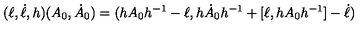
( \ell , \dot { \ell } , h ) ( A _ { 0 } , \dot { A } _ { 0 } ) = ( h A _ { 0 } h ^ { - 1 } - \ell , h \dot { A } _ { 0 } h ^ { - 1 } + [ \ell , h A _ { 0 } h ^ { - 1 } ] - \dot { \ell } )